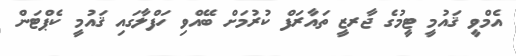
އެމްވީ ޤައުމީ ޓީމުގެ ޖާރޒީ ތައާރަފް ކުރުމަށް ބޭއްވި ހަފްލާގައި ޤައުމީ ކެޕްޓަން